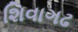
શિવાગઢ